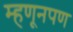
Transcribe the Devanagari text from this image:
म्हणूनपण